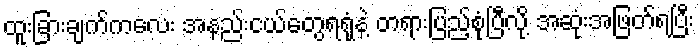
ထူးခြားချက်ကလေး အနည်းငယ်တွေရရုံနဲ့ တရားပြည့်စုံပြီလို့ အဆုံးအဖြတ်ရပြီး